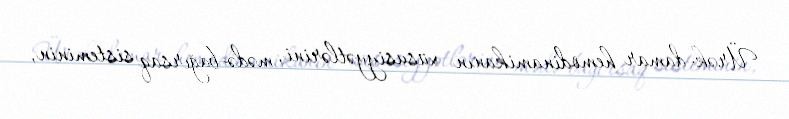
Ürək-damar hemodinamikanın xüsusiyyətlərini, mədə-bağırsaq sisteminin,